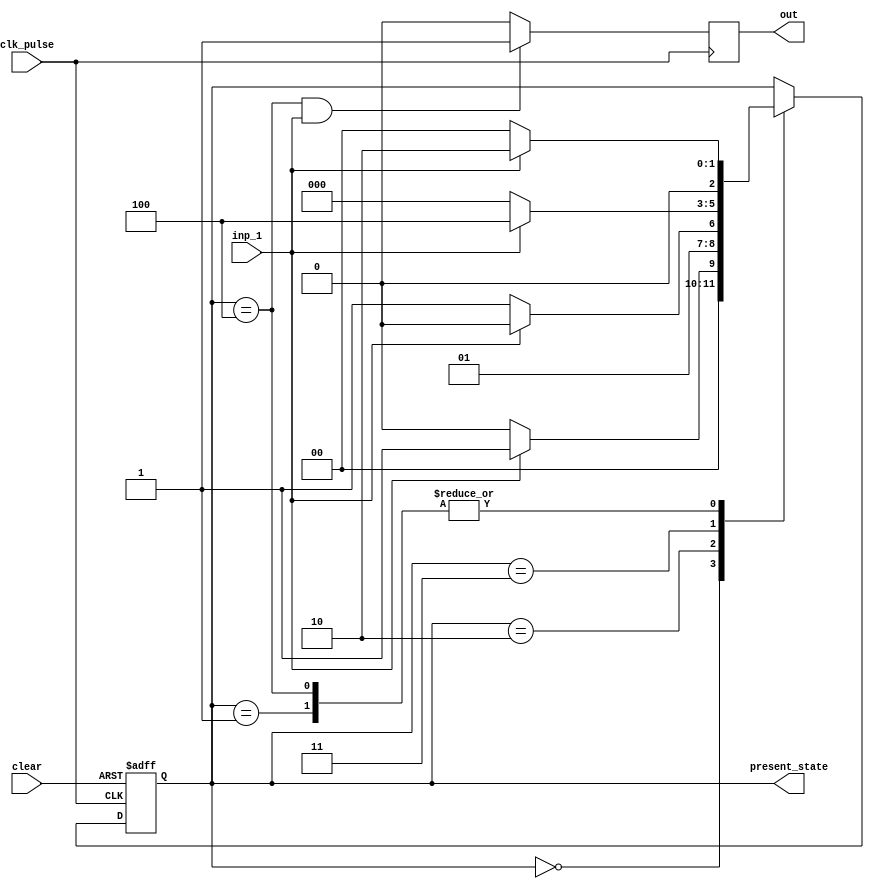
`timescale 1ns / 1ps
//////////////////////////////////////////////////////////////////////////////////
// Company: 
// Engineer: 
// 
// Design Name: 
// Module Name: fsm_11011_mealy
// Project Name: 
// Target Devices: 
// Tool Versions: 
// Description: 
// 
// Dependencies: 
// 
// Revision:
// Revision 0.01 - File Created
// Additional Comments:
// 
//////////////////////////////////////////////////////////////////////////////////


module fsm_11011_mealy(
    input clk_pulse,
    input clear,
    input inp_1,
    output reg out,
    output reg [2:0] present_state
    );
    reg [2:0] next_state;        // reg declaration
    parameter S0=3'b000,S1=3'b001,S2=3'b010,S3=3'b011,S4=3'b100;
    
    always @(posedge clk_pulse or posedge clear) // 1 always for assigning the present state
        begin
            if (clear == 1'b1)
                present_state <= S0;
            else
                present_state <= next_state;
        end
    always@(*)              // 1 always block for next state combinational logic
        begin
            next_state = present_state;
                case(present_state)
                S0: if(inp_1 == 1'b1)
                       next_state = S1;
                    else
                        next_state = S0;
                S1: if(inp_1 == 1'b1)
                        next_state = S2;
                    else
                        next_state = S0;
                S2: if(inp_1 == 1'b1)
                         next_state = S2;
                     else
                         next_state = S3;
                S3: if(inp_1 == 1'b1)
                         next_state = S4;
                    else
                         next_state = S0;         
                S4: if(inp_1 == 1'b1)
                         next_state = S2;
                     else
                         next_state = S0;
                endcase
        end
        always @(posedge clk_pulse) //1 always output assignment block
        begin
            if (present_state == S4 && inp_1 ==1'b1)
                out<=1'b1;
            else
                out<=1'b0;    
        end
endmodule